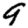
Digit: 9